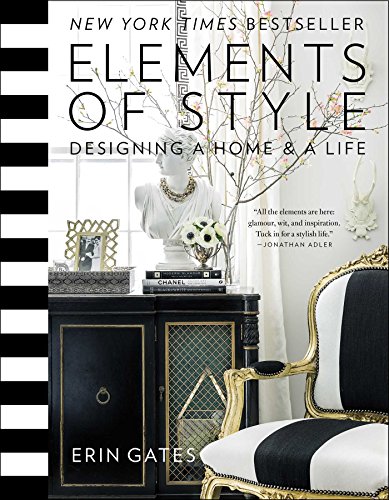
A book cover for Elements of Style: Designing a Home & a Life; Erin Gates; Crafts, Hobbies & Home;